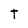
Character: T